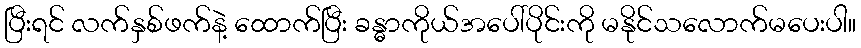
ပြီးရင် လက်နှစ်ဖက်နဲ့ ထောက်ပြီး ခန္ဓာကိုယ်အပေါ်ပိုင်းကို မနိုင်သလောက်မပေးပါ။